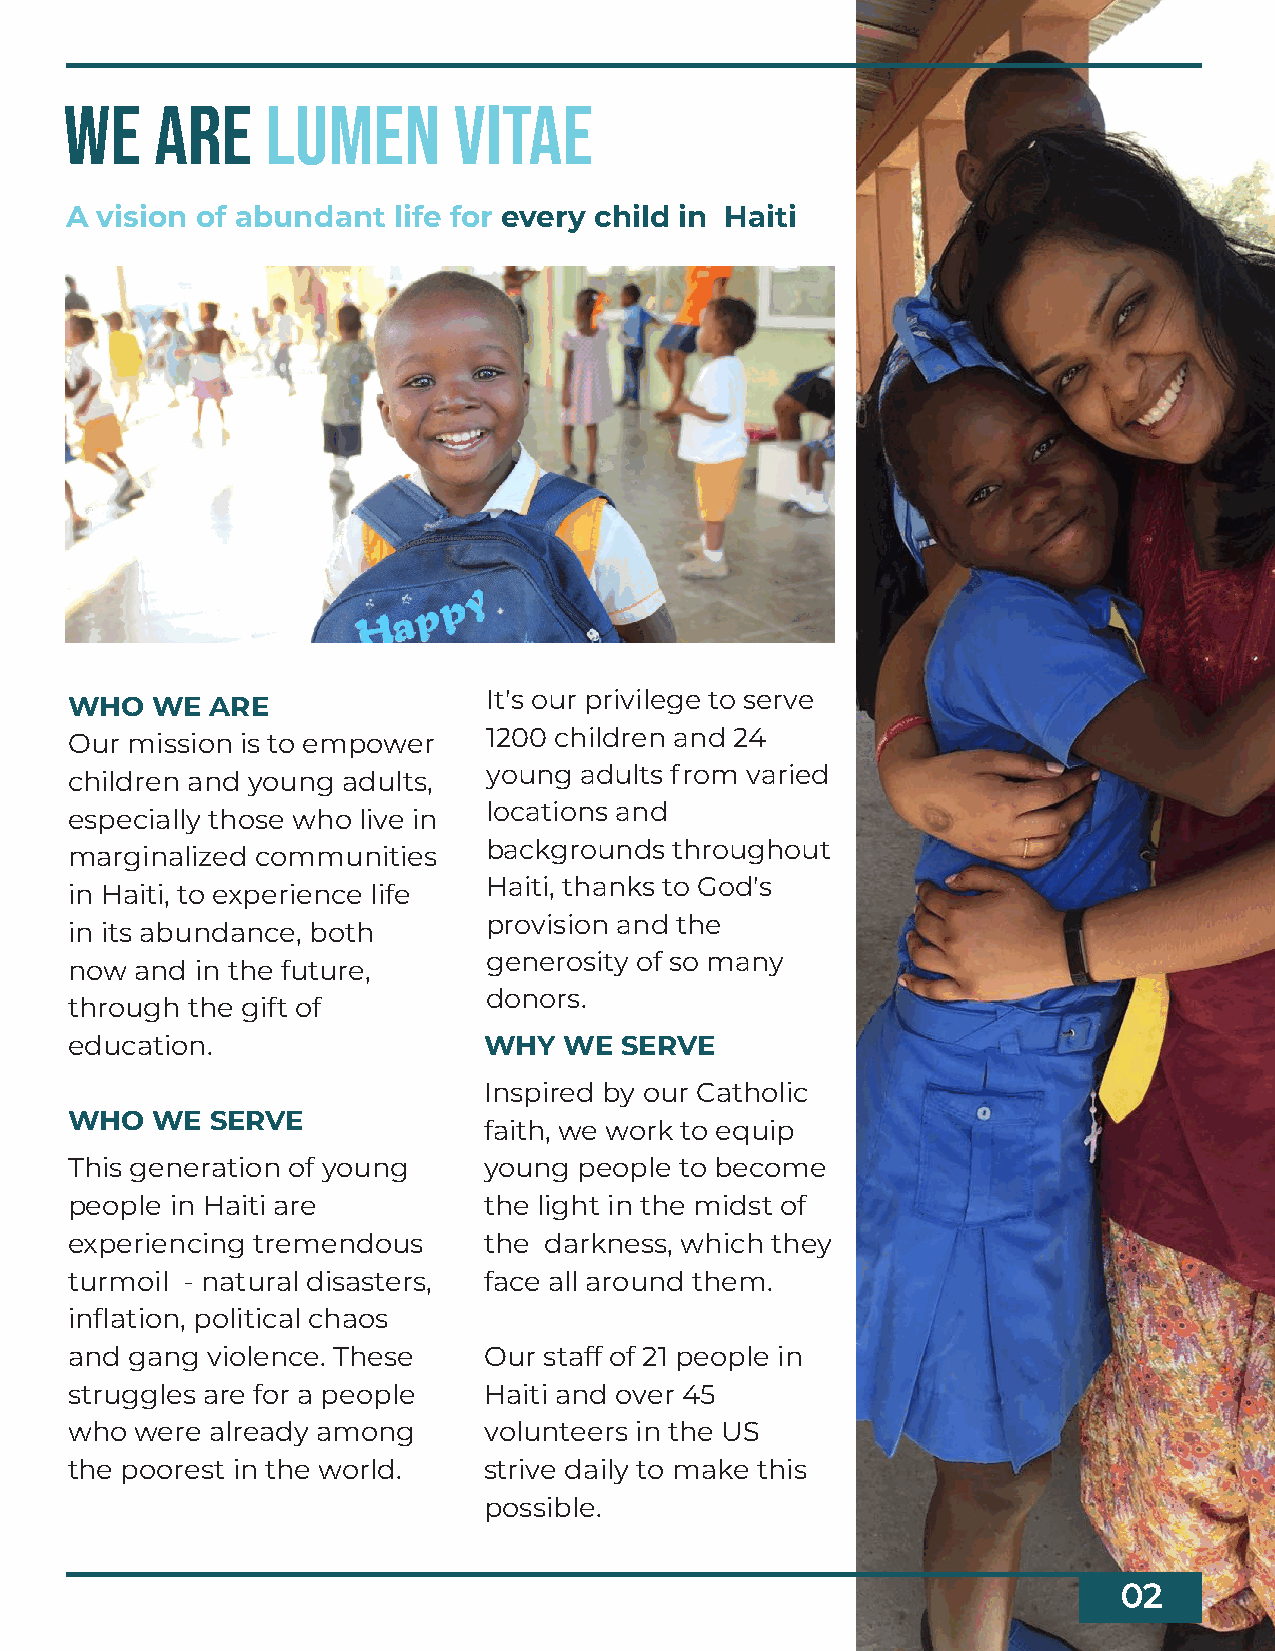
we    are     lumen       vitae
 A vision of abundant  life for every child in Haiti
 WHO   WE  ARE               It's our privilege to serve
 1200 children and 24
 Our mission is to empower
 young adults from varied
 children and young adults,
 locations and
 especially those who live in
 backgrounds  throughout
 marginalized communities
 Haiti, thanks to God's
 in Haiti, to experience life
 provision and the
 in its abundance, both
 generosity of so many
 now  and in the future,
 donors.
 through the gift of
 education.                  WHY  WE  SERVE
 Inspired by our Catholic
 WHO   WE  SERVE
 faith, we work to equip
 This generation of young    young people to become
 people in Haiti are         the light in the midst of
 experiencing tremendous     the darkness, which they
 turmoil - natural disasters, face all around them.
 inflation, political chaos
 and gang  violence. These   Our staff of 21 people in
 struggles are for a people  Haiti and over 45
 who  were already among     volunteers in the US
 the poorest in the world.   strive daily to make this
 possible.
 02